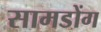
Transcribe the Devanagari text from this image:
सामडोंग